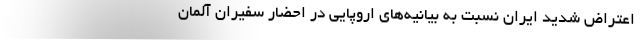
اعتراض شدید ایران نسبت به بیانیه‌های اروپایی در احضار سفیران آلمان